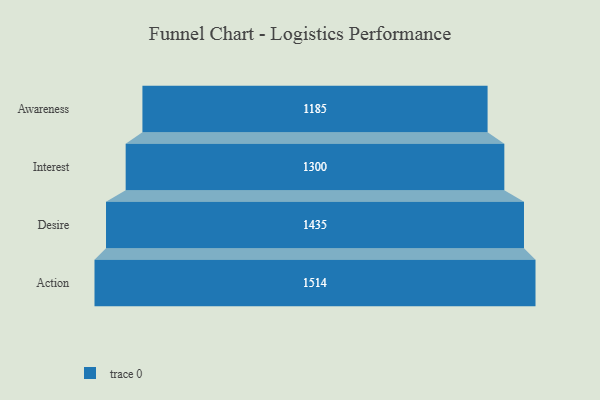
{"axis": {"x": "Stage", "y": "Value"}, "legend": [""], "data": [{"x": "Awareness", "y": 1185.0, "type": ""}, {"x": "Interest", "y": 1300.0, "type": ""}, {"x": "Desire", "y": 1435.0, "type": ""}, {"x": "Action", "y": 1514.0, "type": ""}]}